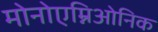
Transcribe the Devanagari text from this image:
मोनोएम्निओनिक